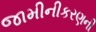
જામીનીકરણની